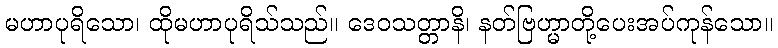
မဟာပုရိသော၊ ထိုမဟာပုရိသ်သည်။ ဒေဝသတ္တာနိ၊ နတ်ဗြဟ္မာတို့ပေးအပ်ကုန်သော။